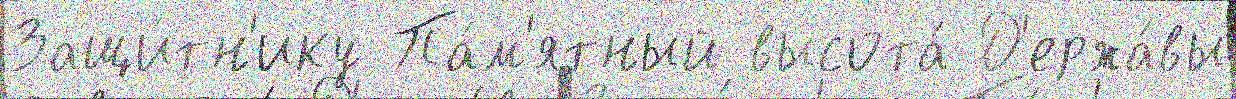
Защи́тн'ику Па́м'ятный высота́ Д'ержа́вы